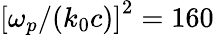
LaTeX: {\left[\omega_{p}/{\left(k_{0}c\right)}\right]}^{2}=160